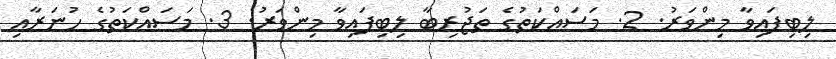
ލިބިފައިވާ މިންވަރު. 2. މަސައްކަތުގެ ތަޖުރިބާ ލިބިފައިވާ މިންވަރު. 3. މަސައްކަތުގެ ހުނަރާއި